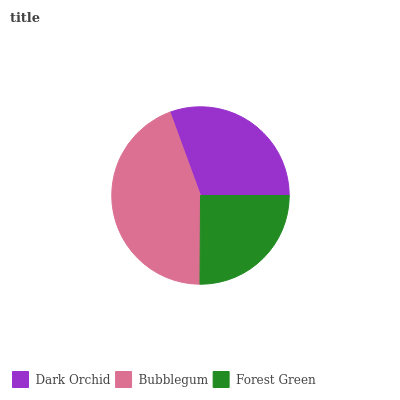
| Dark Orchid | Bubblegum | Forest Green |
 | --- | --- | --- |
 | 30.5% | 44.4% | 25.1% |